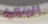
البنكية